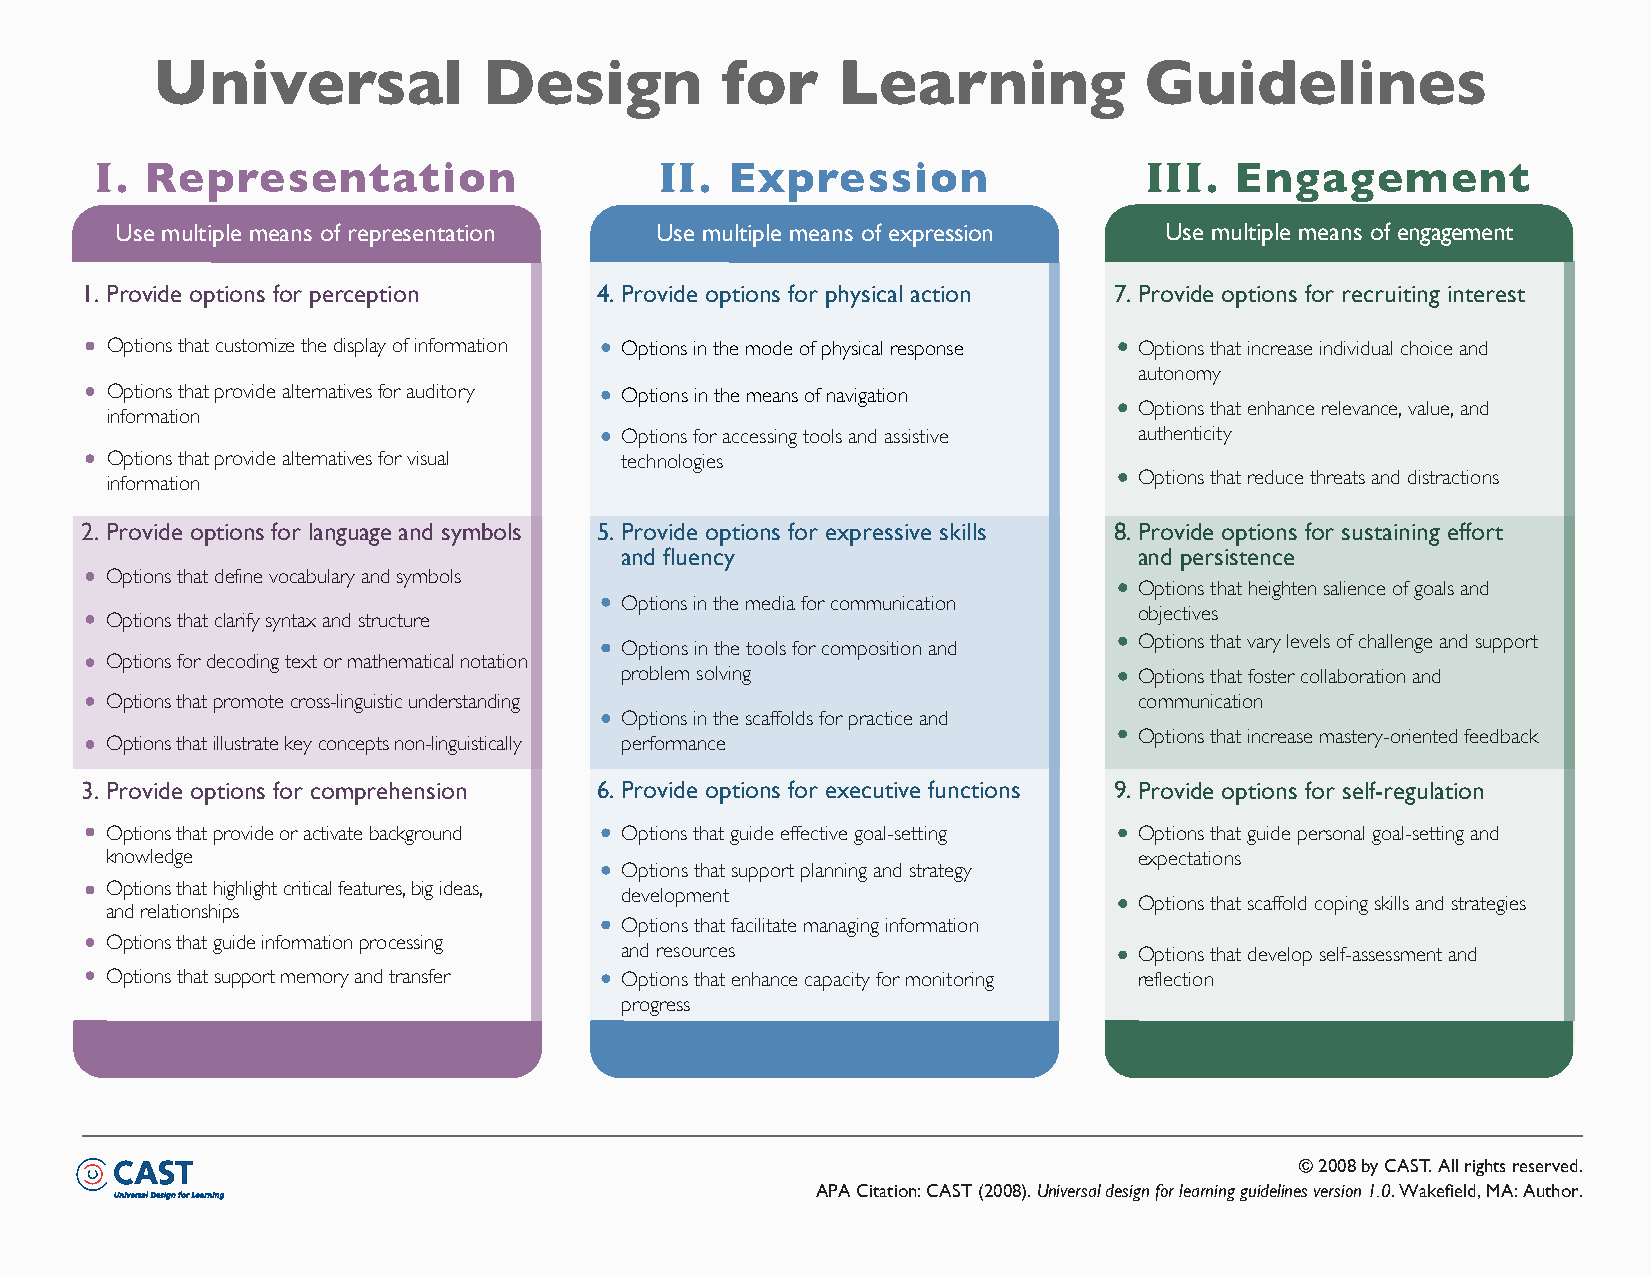
Universal             Design          for    Learning             Guidelines
 i. Representation                     ii. Expression                  iii.  Engagement
 Use multiple means of representation Use multiple means of expression Use multiple means of engagement
 1. Provide options for perception 4.Provide options for physical action 7.Provide options for recruiting interest
 Options that customize the display of information Options in the mode of physical response Options that increase individual choice and
 autonomy
 Options that provide alternatives for auditory Options in the means of navigation
 Options that enhance relevance, value, and
 information
 Options for accessing tools and assistive authenticity
 Options that provide alternatives for visual technologies
 information                                                         Options that reduce threats and distractions
 2. Provide options for language and symbols 5.Provide options for expressive skills 8.Provide options for sustaining effort
 and fluency                       and persistence
 Options that define vocabulary and symbols
 Options that heighten salience of goals and
 Options in the media for communication
 objectives
 Options that clarify syntax and structure
 Options that vary levels of challenge and support
 Options in the tools for composition and
 Options for decoding text or mathematical notation
 problem solving                   Options that foster collaboration and
 Options that promote cross-linguistic understanding                 communication
 Options in the scaffolds for practice and
 Options that illustrate key concepts non-linguistically performance
 Options that increase mastery-oriented feedback
 3. Provide options for comprehension 6.Provide options for executive functions 9.Provide options for self-regulation
 Options that provide or activate background Options that guide effective goal-setting Options that guide personal goal-setting and
 knowledge                                                           expectations
 Options that support planning and strategy
 Options that highlight critical features, big ideas,
 development
 Options that scaffold coping skills and strategies
 and relationships
 Options that facilitate managing information
 Options that guide information processing
 and resources                     Options that develop self-assessment and
 Options that support memory and transfer Options that enhance capacity for monitoring reflection
 progress
 © 2008 by CAST. All rights reserved.
 APA Citation: CAST (2008). Universal design for learning guidelines version 1.0. Wakefield, MA: Author.